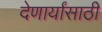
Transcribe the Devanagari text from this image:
देणार्यांसाठी